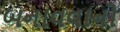
બનાવવાનો